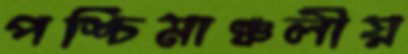
পশ্চিমাঞ্চলীয়